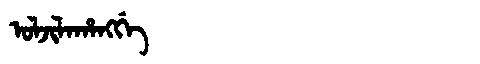
Manchu: ᠣᠯᠵᡳᠯᠠᡥᠠᠩᡤᡝ
Romanization: OLJILAHANGGE